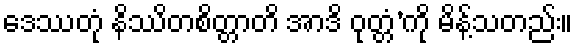
ဒေဿတုံ နိဿိတစိတ္တာတိ အာဒိ ဝုတ္တံ’ကို မိန့်သတည်း။